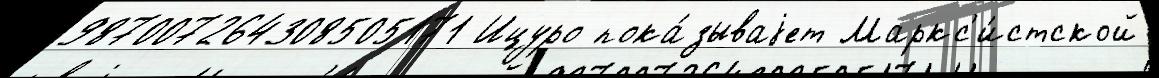
987007264308505171 Ицуро пока́зываjет Маркс'и́стской